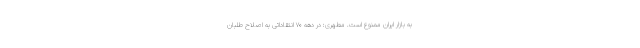
به بازار ایران ممنوع است. مطهری: در دهه ۷۰ انتقاداتی به اصلاح طلبان